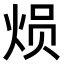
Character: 𤈶